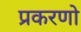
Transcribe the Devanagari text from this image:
प्रकरणो